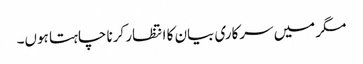
مگر میں سرکاری بیان کا انتظار کرنا چاہتا ہوں۔